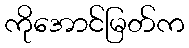
ကိုအောင်မြတ်က